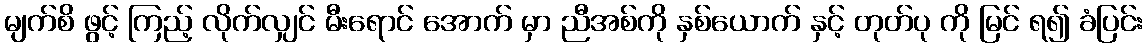
မျက်စိ ဖွင့် ကြည့် လိုက်လျှင် မီးရောင် အောက် မှာ ညီအစ်ကို နှစ်ယောက် နှင့် တုတ်ပု ကို မြင် ရ၍ ခံပြင်း